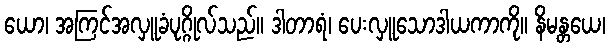
ယော၊ အကြင်အလှူခံပုဂ္ဂိုလ်သည်။ ဒါတာရံ၊ ပေးလှူသောဒါယကာကို။ နိမန္တယေ၊